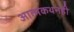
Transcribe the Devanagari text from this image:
आत्मकथनही